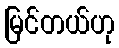
မြင်တယ်ဟု